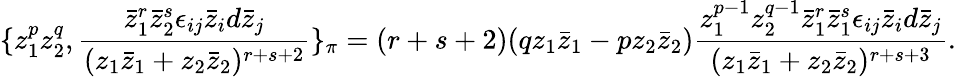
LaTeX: \{ z_{1}^{p}z_{2}^{q},\frac{\bar{z}_{1}^{r}\bar{z}_{2}^{s}\epsilon_{ij}\bar{z}_{i}d\bar{z}_{j}}{(z_{1}\bar{z}_{1}+z_{2}\bar{z}_{2})^{r+s+2}}\} _{\pi}=(r+s+2)(qz_{1}\bar{z}_{1}-pz_{2}\bar{z}_{2})\frac{z_{1}^{p-1}z_{2}^{q-1}\bar{z}_{1}^{r}\bar{z}_{1}^{s}\epsilon_{ij}\bar{z}_{i}d\bar{z}_{j}}{(z_{1}\bar{z}_{1}+z_{2}\bar{z}_{2})^{r+s+3}}.